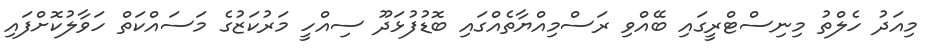
މިއަދު ހެލްތު މިނިސްޓްރީގައި ބޭއްވި ރަސްމިއްޔާތެއްގައި ބޮޑުފުޅަދޫ ސިއްހީ މަރުކަޒުގެ މަސައްކަތް ހަވާލުކޮށްފައި